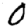
Digit: 0